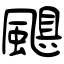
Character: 颶